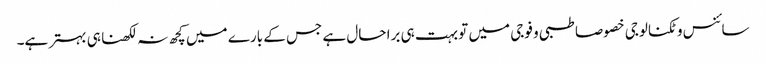
سائنس و ٹکنالوجی خصوصا طبی و فوجی میں تو بہت ہی برا حال ہے جس کے بارے میں کچھ نہ لکھنا ہی بہتر ہے۔